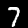
Digit: 7